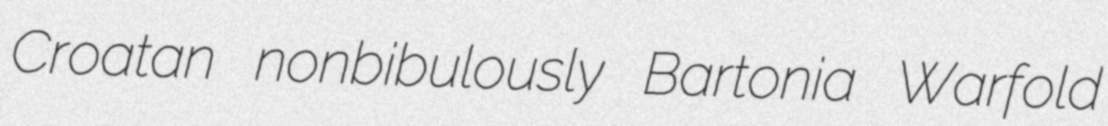
Croatan nonbibulously Bartonia Warfold